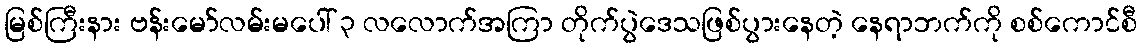
မြစ်ကြီးနား ဗန်းမော်လမ်းမပေါ် ၃ လလောက်အကြာ တိုက်ပွဲဒေသဖြစ်ပွားနေတဲ့ နေရာဘက်ကို စစ်ကောင်စီ